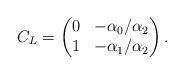
LaTeX: \begin{align*} C_L =\begin{pmatrix}0 & -\alpha_0/\alpha_2 \\1 & -\alpha_1/\alpha_2\end{pmatrix}.\end{align*}